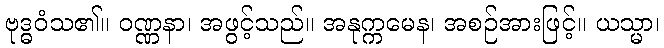
ဗုဒ္ဓဝံသ၏။ ဝဏ္ဏနာ၊ အဖွင့်သည်။ အနုက္ကမေန၊ အစဉ်အားဖြင့်။ ယသ္မာ၊